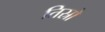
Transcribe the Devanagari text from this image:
तिस्रो